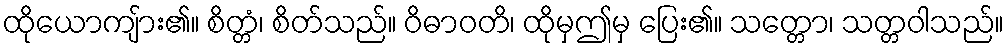
ထိုယောကျ်ား၏။ စိတ္တံ၊ စိတ်သည်။ ဝိဓာဝတိ၊ ထိုမှဤမှ ပြေး၏။ သတ္တော၊ သတ္တဝါသည်။